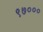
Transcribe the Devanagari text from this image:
९७०००